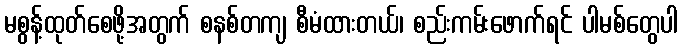
မစွန့်ထုတ်စေဖို့အတွက် စနစ်တကျ စီမံထားတယ်၊ စည်းကမ်းဖောက်ရင် ပါမစ်တွေပါ